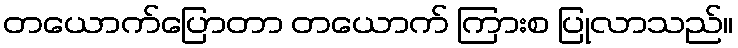
တယောက်ပြောတာ တယောက် ကြားစ ပြုလာသည်။